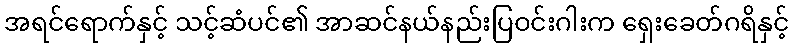
အရင်ရောက်နှင့် သင့်ဆံပင်၏ အာဆင်နယ်နည်းပြဝင်းဂါးက ရှေးခေတ်ဂရိနှင့်